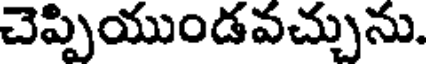
చెప్పియుండవచ్చును.